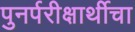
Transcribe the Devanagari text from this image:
पुनर्परीक्षार्थीचा